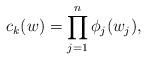
LaTeX: \begin{align*}c_k(w)=\prod_{j=1}^n\phi_j(w_j),\end{align*}